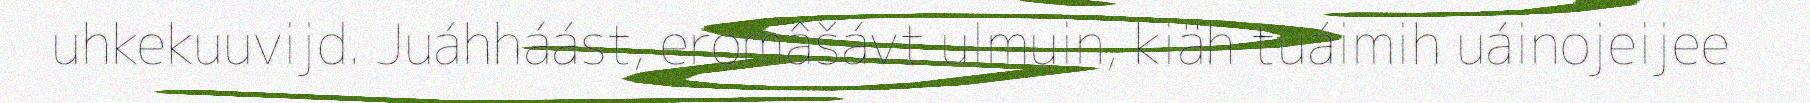
uhkekuuvijd. Juáhháást, eromâšávt ulmuin, kiäh tuáimih uáinojeijee